65_HS1-834228961_62-HQ-83894_Section_5
Agency: FBI
Page 69
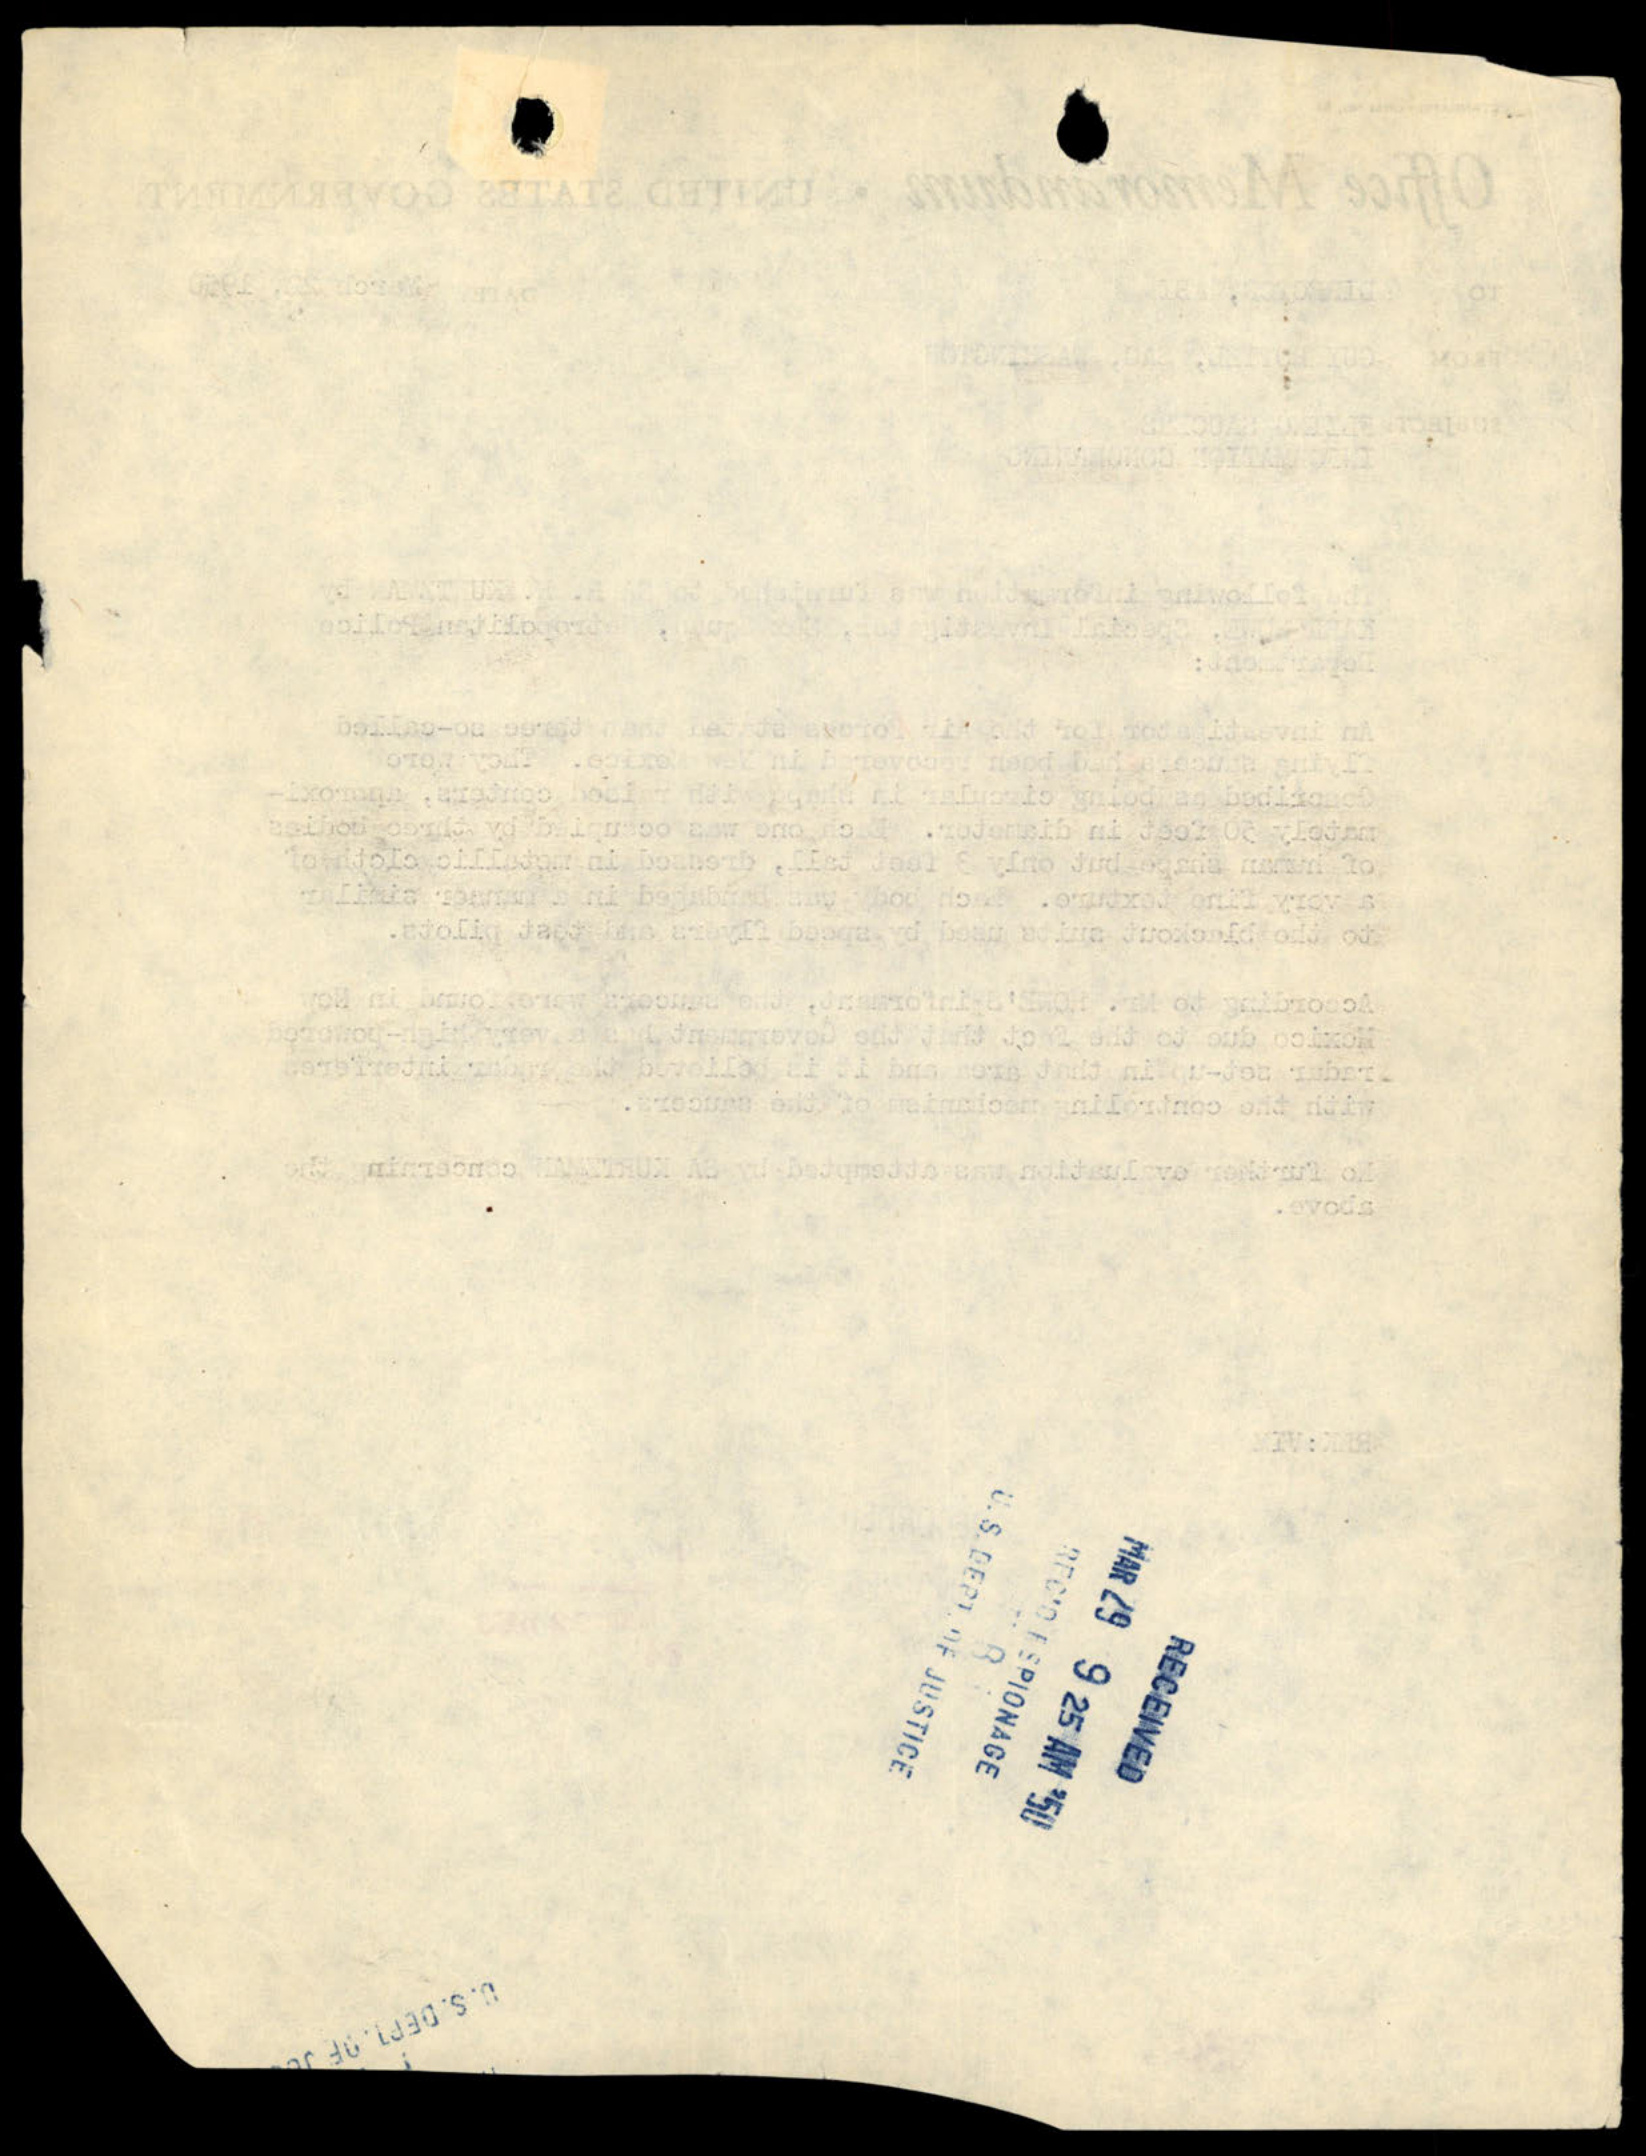